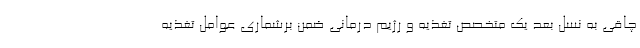
چاقی به نسل بعد یک متخصص تغذیه و رژیم درمانی ضمن برشماری عوامل تغذیه